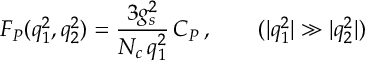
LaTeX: F _ { P } ( q _ { 1 } ^ { 2 } , q _ { 2 } ^ { 2 } ) = \frac { 3 g _ { s } ^ { 2 } } { N _ { c } \, q _ { 1 } ^ { 2 } } \, C _ { P } \, , \qquad ( | q _ { 1 } ^ { 2 } | \gg | q _ { 2 } ^ { 2 } | )